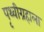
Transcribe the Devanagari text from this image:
पृथ्वीग्रहाला